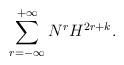
LaTeX: \begin{align*}\sum_{r=-\infty}^{+\infty} N^r H^{2r+k}.\end{align*}